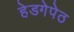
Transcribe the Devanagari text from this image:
हेडगेपेठ